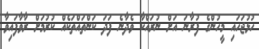
ހުޅުޖަހައި މީހުންގެ ފުރާނަ އަށް ނުރައްކާ ވެދާނެ ފަދަ ކަންތައްތަކެއް ކުރުމަށް ރާވާފައިވާ